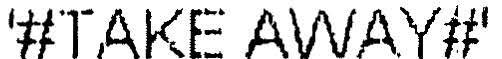
'#TAKE AWAY#'